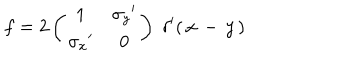
f = 2 \left( \begin{array} { c c } { { 1 } } & { { { \sigma _ { y } } ^ { \prime } } } \\ { { { \sigma _ { x } } ^ { \prime } } } & { { 0 } } \\ \end{array} \right) \; \delta ^ { \prime } ( \, x \, - \, y \, )